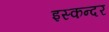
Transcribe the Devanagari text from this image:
इस्कन्दर